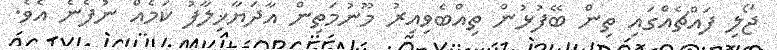
ޖޯލި ފައްޗެއްގައި ތިން ބޭފުޅުން ތިއްބެވިއިރު މޫނުމަތިން އާދަޔާޚިލާފު ކަމެއް ނުފެނެ އެވެ.